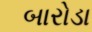
બારોડા